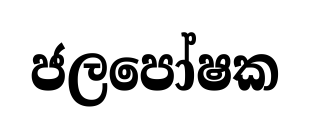
ජලපෝෂක